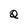
Character: Q